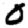
Digit: 0